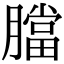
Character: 𦡁